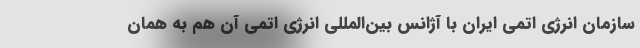
سازمان انرژی اتمی ایران با آژانس بین‌المللی انرژی اتمی آن هم به همان